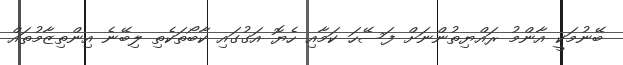
ބޭނުމަކީ އާންމު ރައްޔިތުންނަށް ފަސޭހަ ކަމާއި ހެޔޮ އަގުގައި ކާބޯތަކެތި ލިބޭނެ އިންތިޒާމުތައް